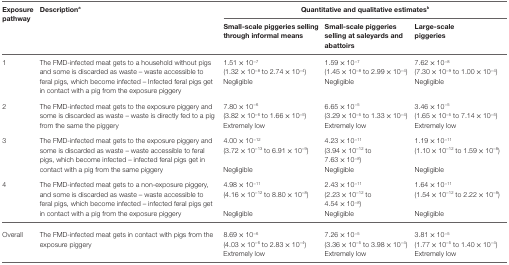
<table><thead><tr><td rowspan="2"><b>Exposure pathway</b></td><td rowspan="2"><b>Description<sup>a</sup></b></td><td colspan="3"><b>Quantitative and qualitative estimates<sup>b</sup></b></td></tr><tr><td><b>Small-scale piggeries selling through informal means</b></td><td><b>Small-scale piggeries selling at saleyards and abattoirs</b></td><td><b>Large-scale piggeries</b></td></tr></thead><tbody><tr><td rowspan="3">1</td><td rowspan="3">The FMD-infected meat gets to a household without pigs and some is discarded as waste – waste accessible to feral pigs, which become infected – Infected feral pigs get in contact with a pig from the exposure piggery</td><td>1.51 × 10<sup>−7</sup></td><td>1.59 × 10<sup>−7</sup></td><td>7.62 × 10<sup>−8</sup></td></tr><tr><td>(1.32 × 10<sup>−8</sup> to 2.74 × 10<sup>−4</sup>)</td><td>(1.45 × 10<sup>−8</sup> to 2.99 × 10<sup>−4</sup>)</td><td>(7.30 × 10<sup>−9</sup> to 1.00 × 10<sup>−4</sup>)</td></tr><tr><td>Negligible</td><td>Negligible</td><td>Negligible</td></tr><tr><td rowspan="3">2</td><td rowspan="3">The FMD-infected meat gets to the exposure piggery and some is discarded as waste – waste is directly fed to a pig from the same the piggery</td><td>7.80 × 10<sup>−6</sup></td><td>6.65 × 10<sup>−5</sup></td><td>3.46 × 10<sup>−5</sup></td></tr><tr><td>(3.82 × 10<sup>−6</sup> to 1.66 × 10<sup>−5</sup>)</td><td>(3.29 × 10<sup>−5</sup> to 1.33 × 10<sup>−4</sup>)</td><td>(1.65 × 10<sup>−5</sup> to 7.14 × 10<sup>−5</sup>)</td></tr><tr><td>Extremely low</td><td>Extremely low</td><td>Extremely low</td></tr><tr><td rowspan="3">3</td><td rowspan="3">The FMD-infected meat gets to the exposure piggery and some is discarded as waste – waste accessible to feral pigs, which become infected – infected feral pigs get in contact with a pig from the same piggery</td><td>4.00 × 10<sup>−12</sup></td><td>4.23 × 10<sup>−11</sup></td><td>1.19 × 10<sup>−11</sup></td></tr><tr><td>(3.72 × 10<sup>−13</sup> to 6.91 × 10<sup>−9</sup>)</td><td>(3.94 × 10<sup>−12</sup> to 7.63 × 10<sup>−8</sup>)</td><td>(1.10 × 10<sup>−12</sup> to 1.59 × 10<sup>−8</sup>)</td></tr><tr><td>Negligible</td><td>Negligible</td><td>Negligible</td></tr><tr><td rowspan="3">4</td><td rowspan="3">The FMD-infected meat gets to a non-exposure piggery, and some is discarded as waste – waste accessible to feral pigs, which become infected – infected feral pigs get in contact with a pig from the exposure piggery</td><td>4.98 × 10<sup>−11</sup></td><td>2.43 × 10<sup>−11</sup></td><td>1.64 × 10<sup>−11</sup></td></tr><tr><td>(4.16 × 10<sup>−12</sup> to 8.80 × 10<sup>−8</sup>)</td><td>(2.23 × 10<sup>−12</sup> to 4.54 × 10<sup>−8</sup>)</td><td>(1.54 × 10<sup>−12</sup> to 2.22 × 10<sup>−8</sup>)</td></tr><tr><td>Negligible</td><td>Negligible</td><td>Negligible</td></tr><tr><td rowspan="3">Overall</td><td rowspan="3">The FMD-infected meat gets in contact with pigs from the exposure piggery</td><td>8.69 × 10<sup>−6</sup></td><td>7.26 × 10<sup>−5</sup></td><td>3.81 × 10<sup>−5</sup></td></tr><tr><td>(4.03 × 10<sup>−6</sup> to 2.83 × 10<sup>−4</sup>)</td><td>(3.36 × 10<sup>−5</sup> to 3.98 × 10<sup>−4</sup>)</td><td>(1.77 × 10<sup>−5</sup> to 1.40 × 10<sup>−4</sup>)</td></tr><tr><td>Extremely low</td><td>Extremely low</td><td>Extremely low</td></tr></tbody></table>